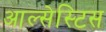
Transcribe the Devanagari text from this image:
आल्सेस्टिस